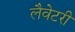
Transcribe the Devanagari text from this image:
लैवेटरी